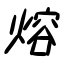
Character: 熔